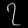
Digit: ၇